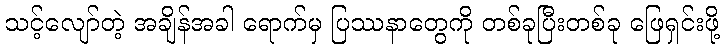
သင့်လျော်တဲ့ အချိန်အခါ ရောက်မှ ပြဿနာတွေကို တစ်ခုပြီးတစ်ခု ဖြေရှင်းဖို့